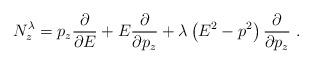
LaTeX: \begin{align*}N_z^{\lambda} = p_z {\partial \over \partial E}+ E{\partial \over \partial p_z}+ \lambda \left( E^2 -p^2 \right) {\partial \over \partial p_z}~.\end{align*}